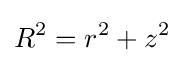
R^{2}=r^{2}+z^{2}